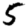
Digit: 5